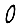
Digit: 0